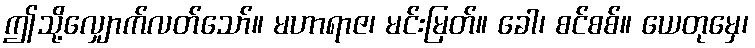
ဤသို့လျှောက်လတ်သော်။ မဟာရာဇ၊ မင်းမြတ်။ ခေါ၊ စင်စစ်။ ယေတုမှေ၊